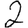
Digit: 2